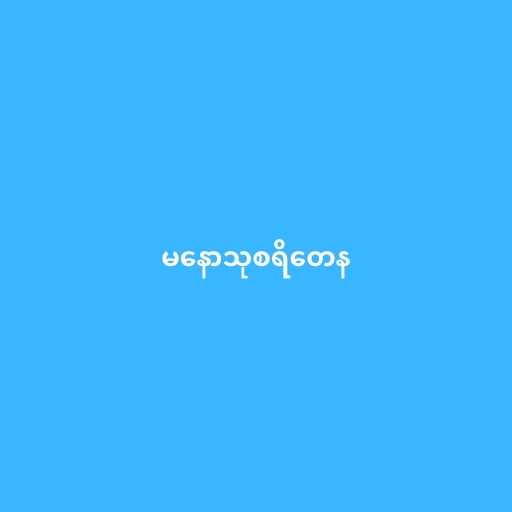
မနောသုစရိတေန